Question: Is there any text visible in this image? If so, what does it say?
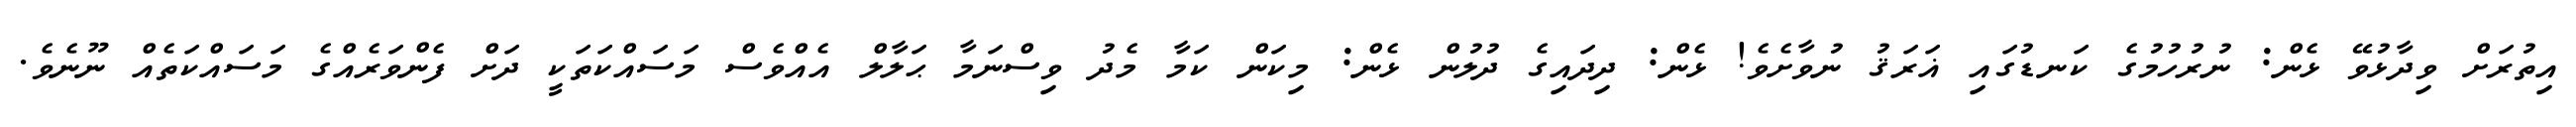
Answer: އިތުރަށް ވިދާޅުވޭ ޅެން: ނުރުހުމުގެ ކަނޑުގައި ޣަރަޤު ނުވާށެވެ! ޅެން: ދިދައިގެ ދުލުން ޅެން: މިކަން ކަމާ މެދު ވިސްނަމާ ޙަލާލް އެއްވެސް މަސައްކަތަކީ ދަށް ފެންވަރެއްގެ މަސައްކަތެއް ނޫނެވެ.